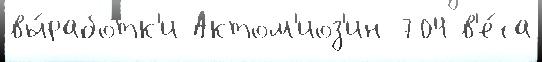
вы́работк'и Актом'иоз'ин 704 в'е́са